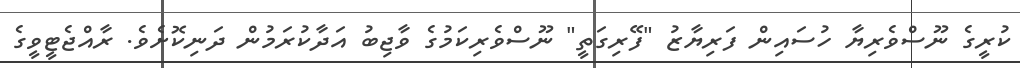
ކުރީގެ ނޫސްވެރިޔާ ހުސައިން ފަރިޔާޒު "ފޭރިގަތީ" ނޫސްވެރިކަމުގެ ވާޖިބު އަދާކުރަމުން ދަނިކޮށެވެ. ރާއްޖެޓީވީގެ